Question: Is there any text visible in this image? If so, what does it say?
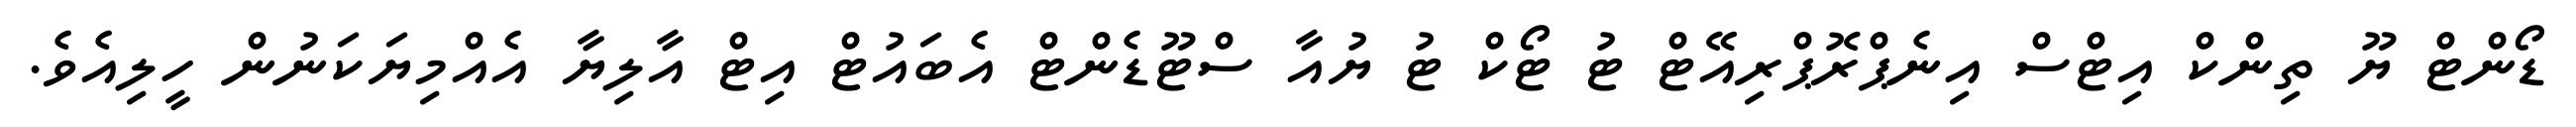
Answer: ޑޯންޓް ޔޫ ތިންކް އިޓްސް އިނެޕްރޮޕްރިއޭޓް ޓު ޓޯކް ޓު ޔުއާ ސްޓޫޑެންޓް އެބައުޓް އިޓް އާލިޔާ އެއްމިޔަކަނުން ހީލިއެވެ.